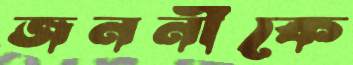
জননীকে